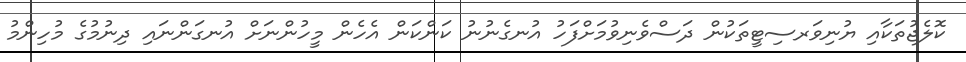
ކޮލެޖުތަކާއި ޔުނިވަރސިޓީތަކުން ދަސްވެނިވުމަށްފަހު އުނގެނުނު ކަންކަން އެހެން މީހުންނަށް އުނގަންނައި ދިނުމުގެ މުހިންމު